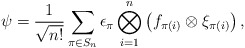
\begin{align*}\psi=\frac{1}{\sqrt{n!}}\sum_{\pi\in S_n} \epsilon_\pi \bigotimes_{i=1}^n\left(f_{\pi(i)}\otimes\xi_{\pi(i)}\right),\end{align*}